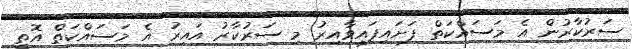
ސަރުކާރުން އެ މަސައްކަތް ފަށައިފައިވާއިރު މި ސަރުކާރު އައިރު އެ މަސައްކަތް އޮތީ